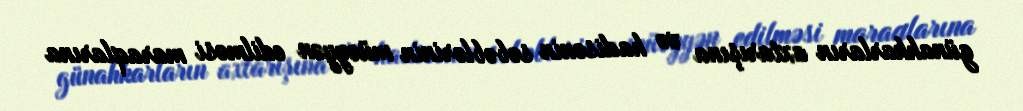
günahkarların axtarışına və hadisənin səbəblərinin müəyyən edilməsi maraqlarına